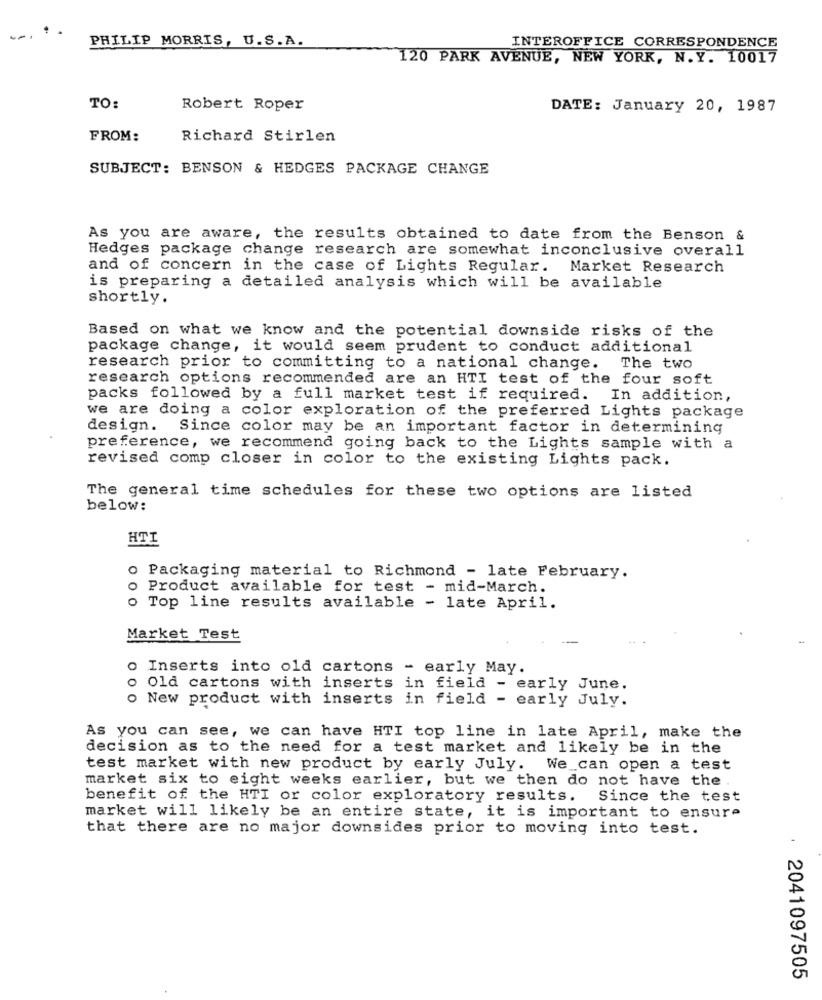
PHILIP MORRIS, U.S.A.
INTEROFFICE CORRESPONDENCE
120 PARK AVENUE, NEW YORK, N.Y. 10017
TO:
Robert Roper
DATE: January 20, 1987
FROM:
Richard Stirlen
SUBJECT: BENSON & HEDGES PACKAGE CHANGE
As you are aware, the results obtained to date from the Benson &
Hedges package change research are somewhat inconclusive overall
and of concern in the case of Lights Regular. Market Research
is preparing a detailed analysis which will be available
shortly.
Based on what we know and the potential downside risks of the
package change, it would seem prudent to conduct additional
research prior to committing to a national change. The two
research options recommended are an HTI test of the four soft
packs followed by a full market test if required. In addition,
we are doing a color exploration of the preferred Lights package
design. Since color may be an important factor in determining
preference, we recommend going back to the Lights sample with a
revised comp closer in color to the existing Lights pack.
The general time schedules for these two options are listed
below:
HTI
o Packaging material to Richmond - late February.
o Product available for test - mid-March.
o Top line results available - late April.
Market Test
o Inserts into old cartons - early May.
o Old cartons with inserts in field - early June.
o New product with inserts in field - early July.
As you can see, we can have HTI top line in late April, make the
decision as to the need for a test market and likely be in the
test market with new product by early July. We can open a test
market six to eight weeks earlier, but we then do not have the .
benefit of the HTI or color exploratory results. Since the test
market will likely be an entire state, it is important to ensure
that there are no major downsides prior to moving into test.
2041097505